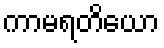
ကာမရတိယော